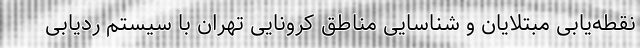
نقطه‌یابی مبتلایان و شناسایی مناطق کرونایی تهران با سیستم ردیابی